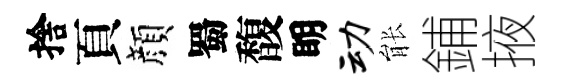
捨頁顔蜀馥眀动䏻鋪掖